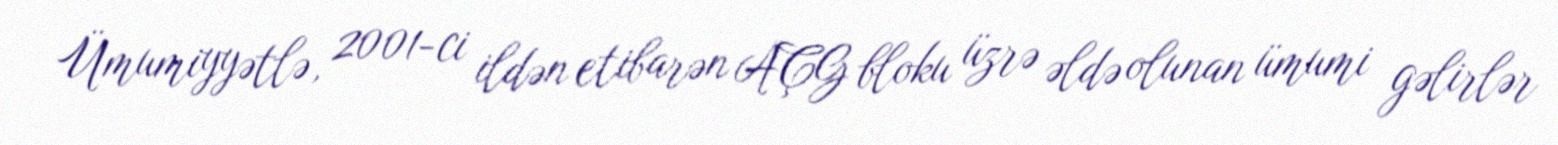
Ümumiyyətlə, 2001-ci ildən etibarən AÇG bloku üzrə əldə olunan ümumi gəlirlər